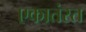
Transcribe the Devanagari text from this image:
एकातंरत